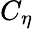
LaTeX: C_{\eta}